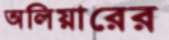
অলিয়ারের